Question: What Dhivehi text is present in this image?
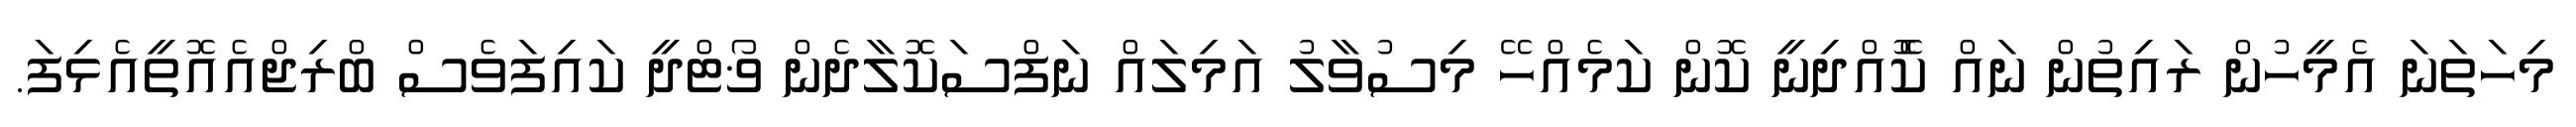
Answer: މިހަތަނަ އެމީހުން ރައިތުން ނައް ކޮެއްދިނީ ކޮން ކަމެއްހޭ މިސުވާލު އަމިލައް ނަފްސަކޮލާދެން ޥޯޓްދީ ކައިފަވެސް ބްރިޖްއެއޮތީއެޅިފަ.